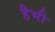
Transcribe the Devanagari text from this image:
हैभी